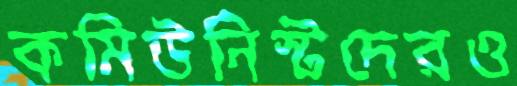
কমিউনিস্টদেরও